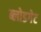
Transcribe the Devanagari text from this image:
ब्लोडगेट